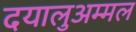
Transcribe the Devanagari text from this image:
दयालुअम्मल